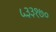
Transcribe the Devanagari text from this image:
५३३१७०